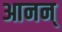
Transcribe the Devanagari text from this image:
आनन्